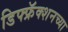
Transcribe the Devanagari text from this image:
डिफ्फ्रॅक्शनच्या